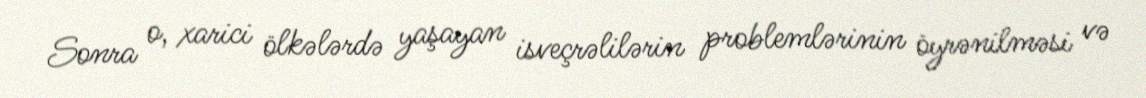
Sonra o, xarici ölkələrdə yaşayan isveçrəlilərin problemlərinin öyrənilməsi və